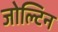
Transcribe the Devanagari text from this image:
जोल्टिन